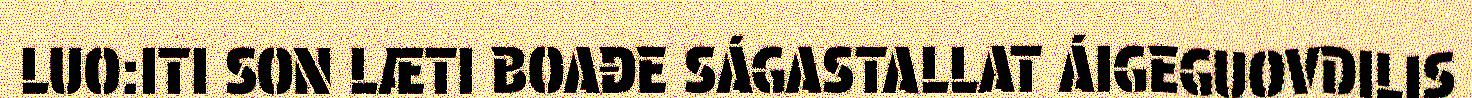
LUO:ITI SON LÆTI BOAĐE SÁGASTALLAT ÁIGEGUOVDILIS